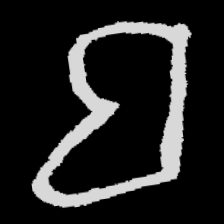
Pyu character \u2014 Myanmar letter: ဗ (romanized: ba)